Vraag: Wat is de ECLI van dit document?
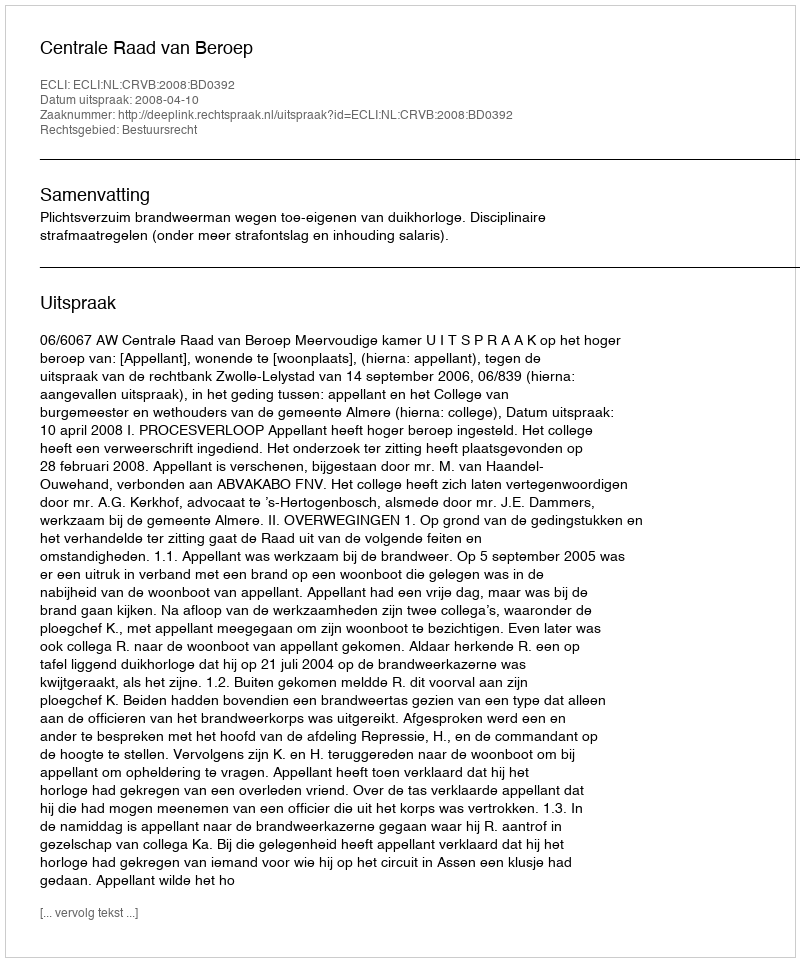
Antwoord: ECLI:NL:CRVB:2008:BD0392